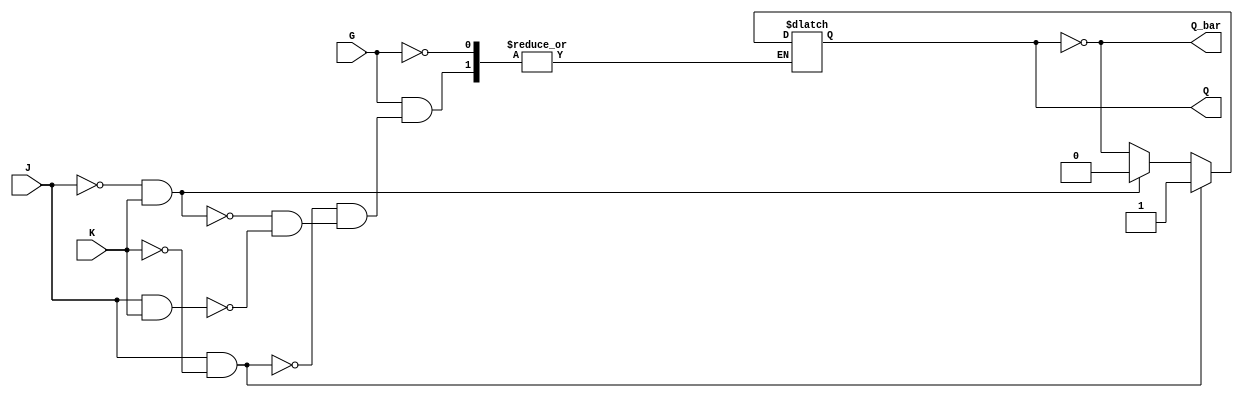
module GatedJKLatch (
    input wire J,        // Data input J
    input wire K,        // Data input K
    input wire G,        // Enable input
    output reg Q,        // Output Q
    output wire Q_bar    // Complementary output Q_bar
);

    assign Q_bar = ~Q; // Complement of Q

    always @ (G or J or K) begin
        if (G) begin
            if (J && ~K) begin
                Q <= 1; // Set state
            end else if (~J && K) begin
                Q <= 0; // Reset state
            end else if (J && K) begin
                Q <= ~Q; // Toggle state
            end
            // If J = 0 and K = 0, Q remains unchanged
        end
        // If G is low, Q retains its previous state
    end

endmodule